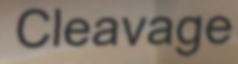
Cleavage